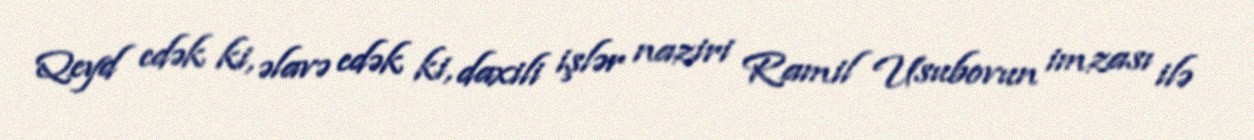
Qeyd edək ki, əlavə edək ki, daxili işlər naziri Ramil Usubovun imzası ilə